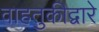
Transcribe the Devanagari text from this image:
वाहतुकीद्वारे